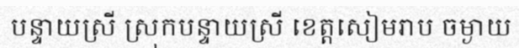
បន្ទាយស្រី ស្រុកបន្ទាយស្រី ខេត្តសៀមរាប ចម្ងាយ